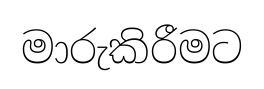
මාරුකිරීමට